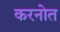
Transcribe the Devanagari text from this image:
करनोत